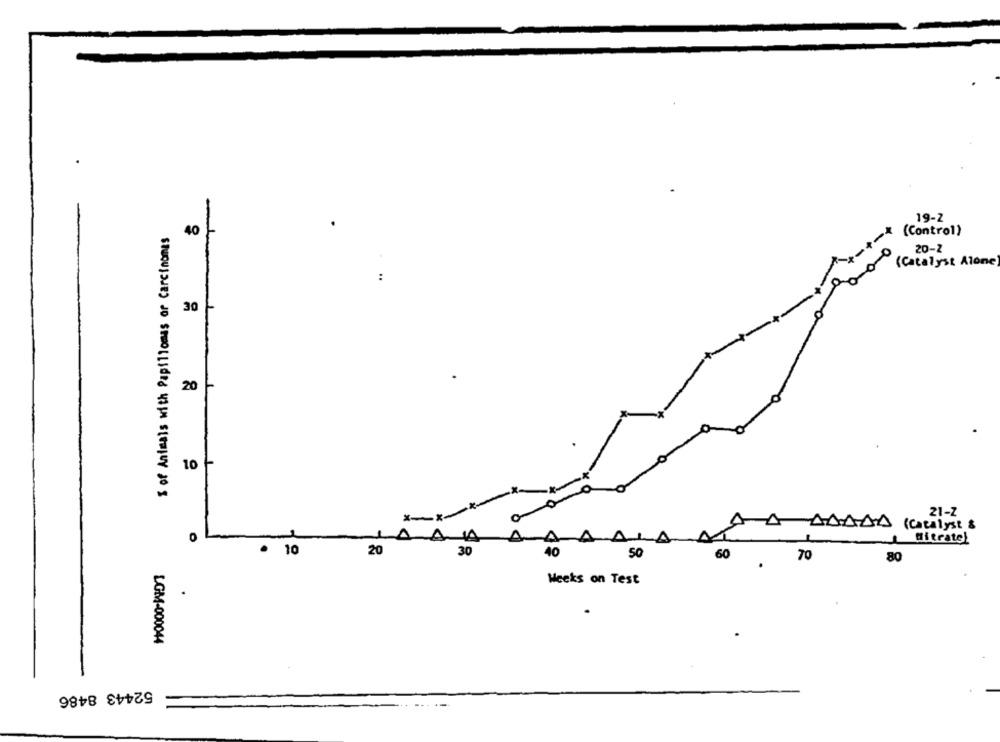
19-2
S of Animals with Papillomas or Carcinomas
(Control)
40
20-2
(Catalyst Alone
..
30
20
10
**-
21-Z
AAAAA (Catalyst &
0
AAA
A
A
Bitrate!
· 10
20
30
40
50
60
70
80
Weeks on Test
LGM-000044
52443 8486